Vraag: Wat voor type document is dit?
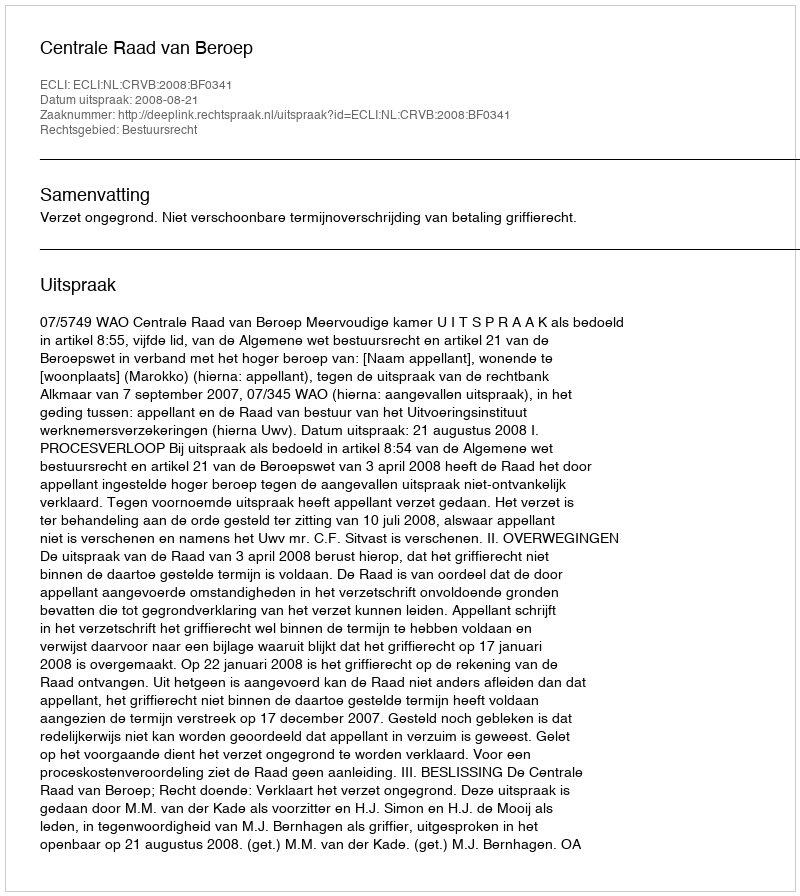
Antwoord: Uitspraak